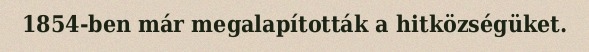
1854-ben már megalapították a hitközségüket.